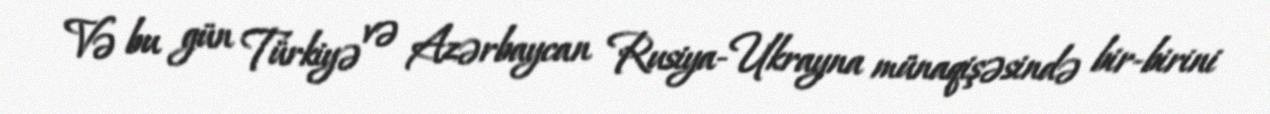
Və bu gün Türkiyə və Azərbaycan Rusiya-Ukrayna münaqişəsində bir-birini